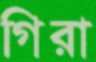
গিরা